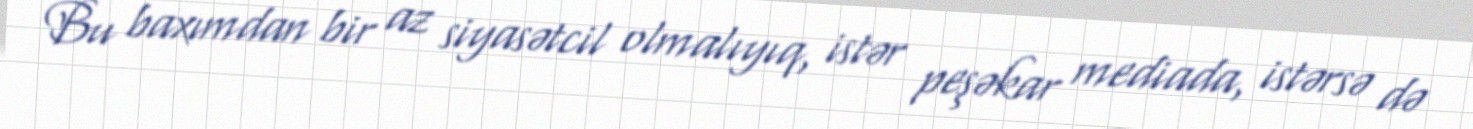
Bu baxımdan bir az siyasətcil olmalıyıq, istər peşəkar mediada, istərsə də